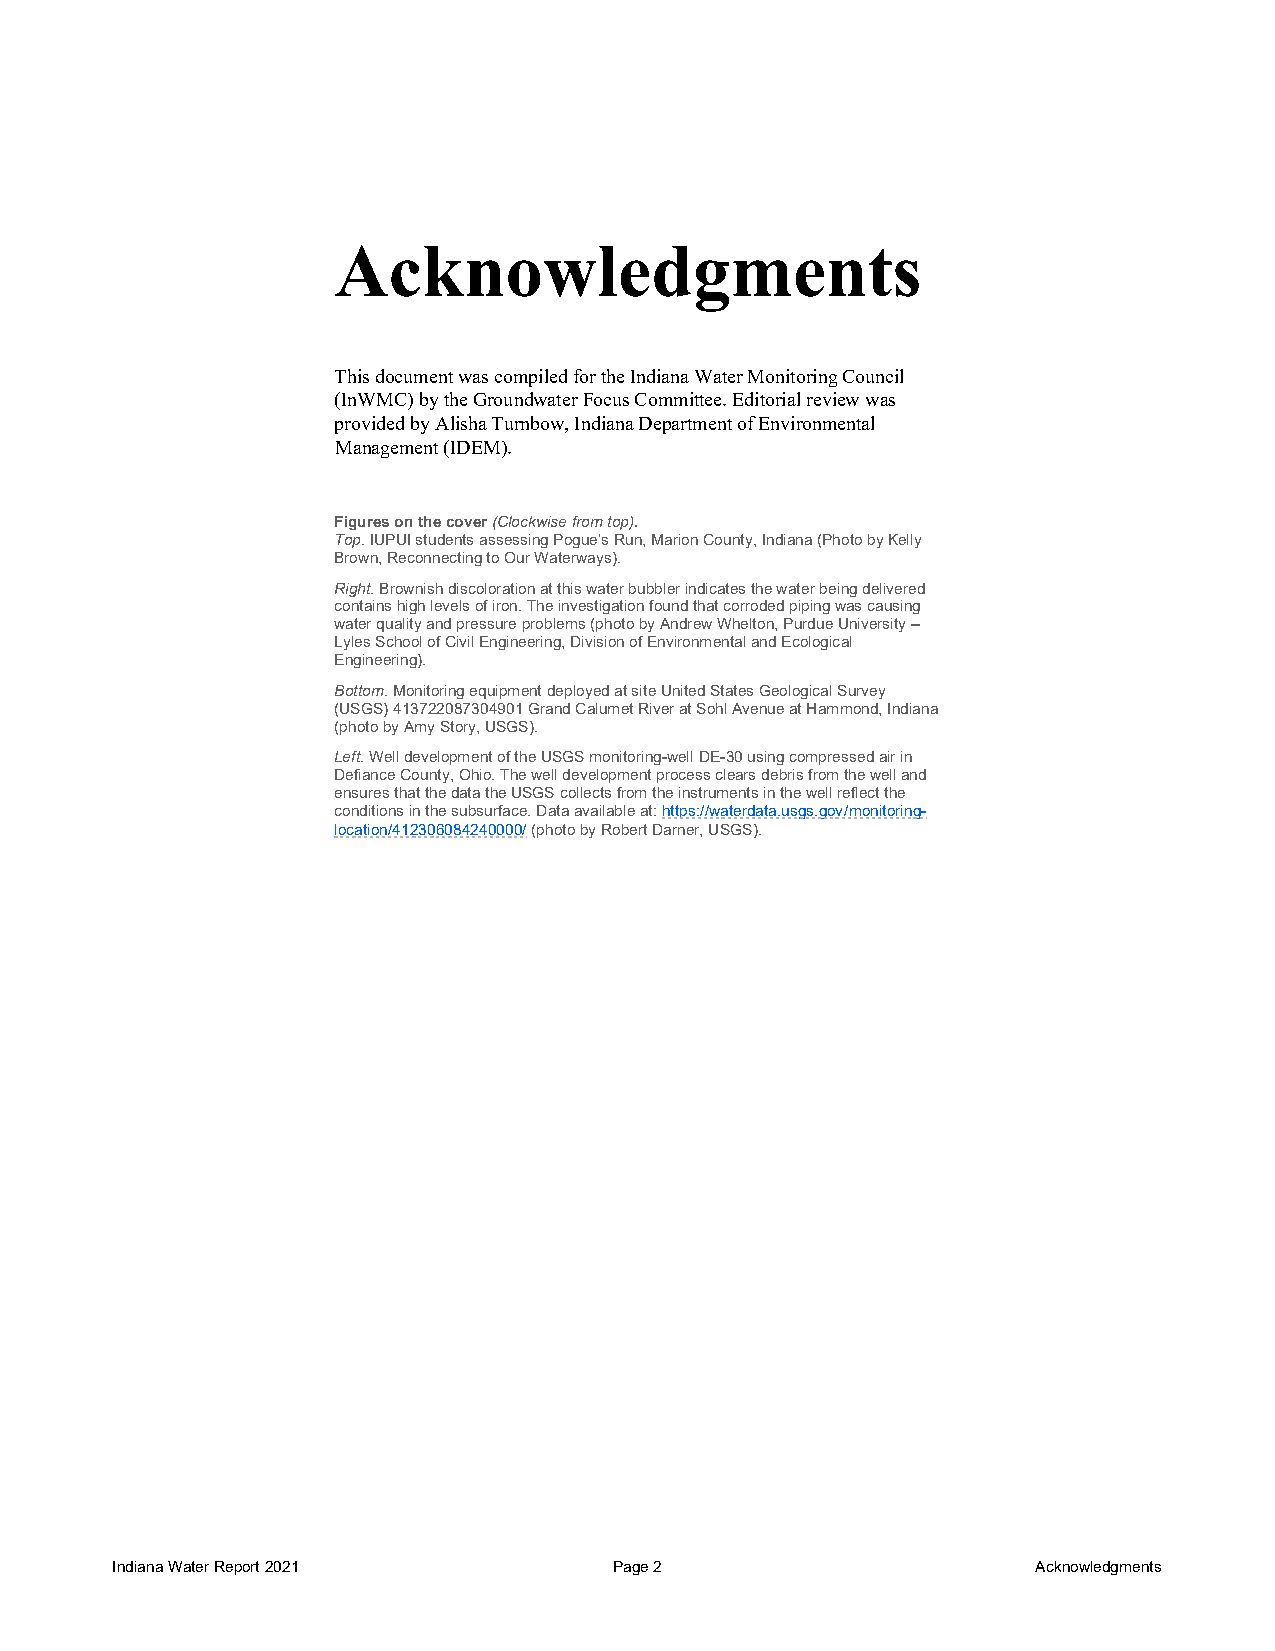
Acknowledgments
 This document was compiled for the Indiana Water Monitoring Council
 (InWMC) by the Groundwater Focus Committee. Editorial review was
 provided by Alisha Turnbow, Indiana Department of Environmental
 Management (IDEM).
 Figures on the cover (Clockwise from top).
 Top. IUPUI students assessing Pogue’s Run, Marion County, Indiana (Photo by Kelly
 Brown, Reconnecting to Our Waterways).
 Right. Brownish discoloration at this water bubbler indicates the water being delivered
 contains high levels of iron. The investigation found that corroded piping was causing
 water quality and pressure problems (photo by Andrew Whelton, Purdue University –
 Lyles School of Civil Engineering, Division of Environmental and Ecological
 Engineering).
 Bottom. Monitoring equipment deployed at site United States Geological Survey
 (USGS) 413722087304901 Grand Calumet River at Sohl Avenue at Hammond, Indiana
 (photo by Amy Story, USGS).
 Left. Well development of the USGS monitoring-well DE-30 using compressed air in
 Defiance County, Ohio. The well development process clears debris from the well and
 ensures that the data the USGS collects from the instruments in the well reflect the
 conditions in the subsurface. Data available at: https://waterdata.usgs.gov/monitoring-
 location/412306084240000/ (photo by Robert Darner, USGS).
 Indiana Water Report 2021         Page 2                      Acknowledgments